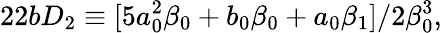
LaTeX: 22bD_{2}\equiv[5a_{0}^{2}\beta_{0}+b_{0}\beta_{0}+a_{0}\beta_{1}]/2\beta_{0}^{3},